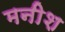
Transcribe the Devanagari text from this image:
मनीश